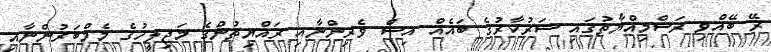
ރޭ ބޭއްވި ރަސްމިއްޔާތުގައި ސަރުކާރުގެ ބައެއް އިސް ވެރިންނާއި ރައްޔިތުންގެ މަޖިލީހުގެ މެމްބަރުންނާއި